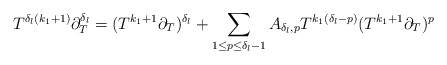
\begin{align*}T^{\delta_{l}(k_{1}+1)} \partial_{T}^{\delta_l} = (T^{k_{1}+1}\partial_{T})^{\delta_l} +\sum_{1 \leq p \leq \delta_{l}-1} A_{\delta_{l},p} T^{k_{1}(\delta_{l}-p)} (T^{k_{1}+1}\partial_{T})^{p} \end{align*}